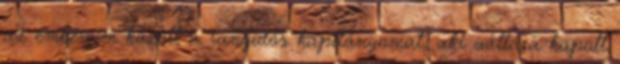
az embereim között a rangidős kapitányomat, aki vállára kapott